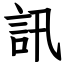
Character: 訊